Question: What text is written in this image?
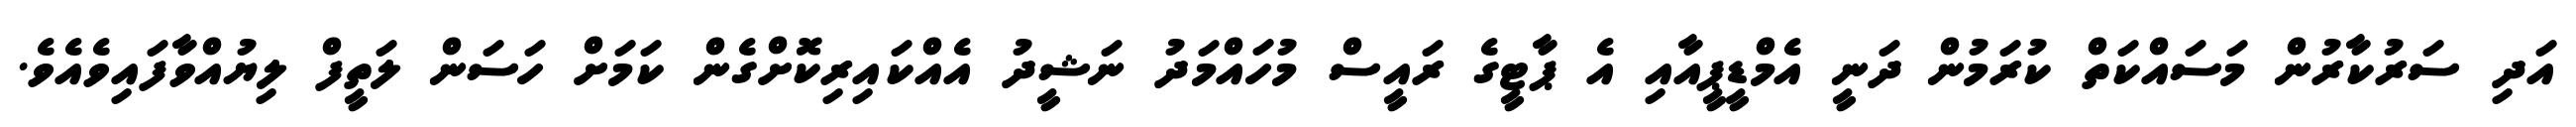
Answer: އަދި ސަރުކާރުން މަސައްކަތް ކުރަމުން ދަނީ އެމްޑީޕީއާއި އެ ޕާޓީގެ ރައީސް މުހައްމަދު ނަޝީދު އެއްކައިރިކޮށްގެން ކަމަށް ހަސަން ލަތީފް ލިޔުއްވާފައިވެއެވެ.